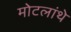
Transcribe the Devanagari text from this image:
मोटलांथे